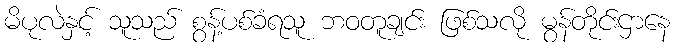
မိပုလဲနှင့် သူသည် စွန့်ပစ်ခံရသူ ဘဝတူချင်း ဖြစ်သလို မွန်တိုင်းဌာနေ